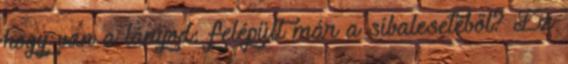
hogy van a lányod: felépült már a síbalesetéből? Ez